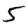
Digit: 5